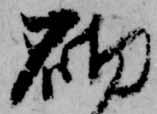
砌